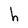
Character: h